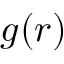
g ( r )